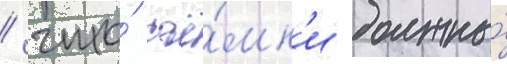
/ что́ съё́мк'и должны́